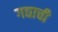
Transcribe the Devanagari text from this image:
गद्याची